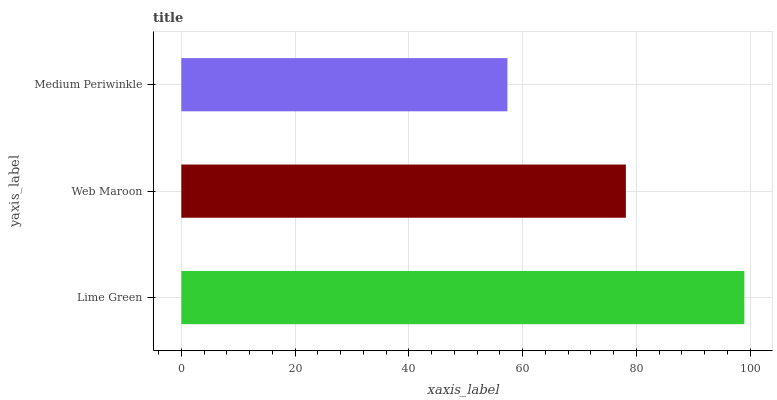
| yaxis_label | bars |
 | --- | --- |
 | Lime Green | 99 |
 | Web Maroon | 78.2 |
 | Medium Periwinkle | 57.3 |